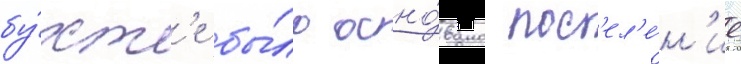
бу́хт'е бы́ло осно́вано пос'ел'е́н'ие